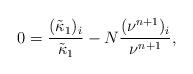
LaTeX: \begin{align*}0=\frac{(\tilde{\kappa}_1)_i}{\tilde{\kappa}_1}-N\frac{(\nu^{n+1})_i}{\nu^{n+1}},\end{align*}